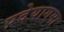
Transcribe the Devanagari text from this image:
प्रदेयागमा